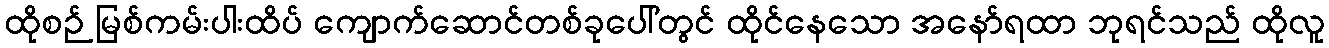
ထိုစဉ် မြစ်ကမ်းပါးထိပ် ကျောက်ဆောင်တစ်ခုပေါ်တွင် ထိုင်နေသော အနော်ရထာ ဘုရင်သည် ထိုလူ